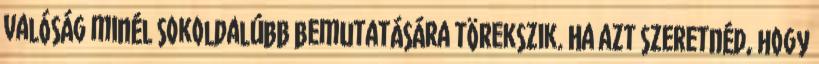
valóság minél sokoldalúbb bemutatására törekszik. Ha azt szeretnéd, hogy